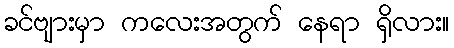
ခင်ဗျားမှာ ကလေးအတွက် နေရာ ရှိလား။